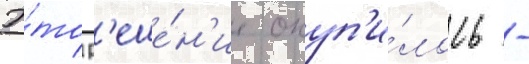
Э́то р'еше́н'ие окуп'и́лось -